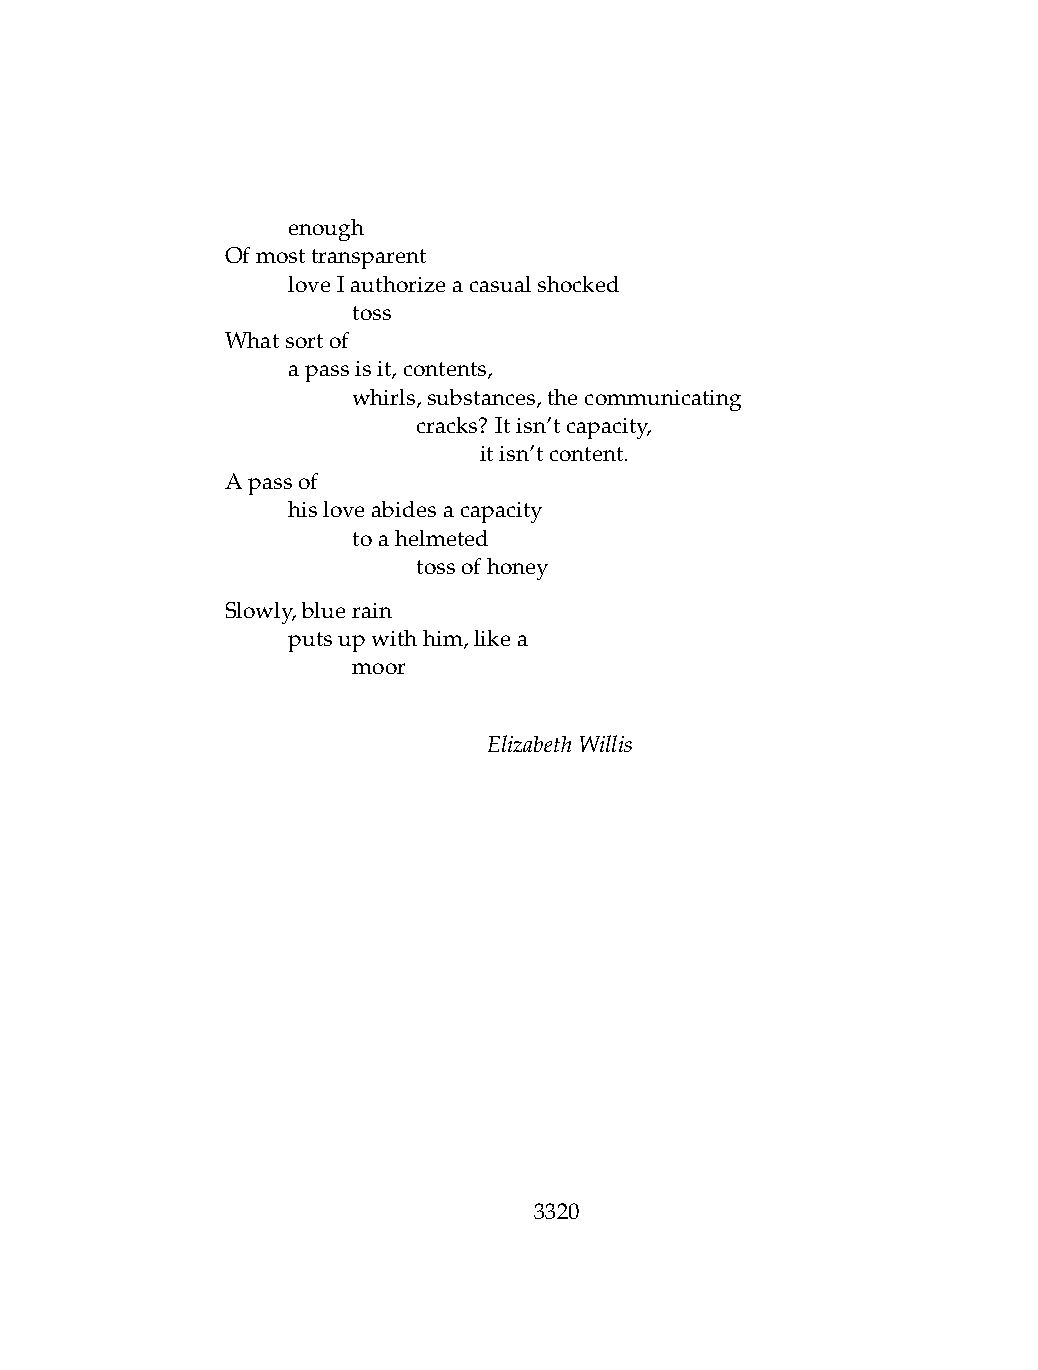
.   enough
 Ofmosttransparent
 .   loveIauthorizeacasualshocked
 .   .   toss
 Whatsortof
 .   apassisit,contents,
 .   .   whirls,substances,thecommunicating
 .   .   .    cracks? Itisn’tcapacity,
 .   .   .    .   itisn’tcontent.
 Apassof
 .   hisloveabidesacapacity
 .   .   toahelmeted
 .   .   .    tossofhoney
 Slowly,bluerain
 .   putsupwithhim,likea
 .   .   moor
 ElizabethWillis
 3320